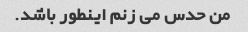
من حدس می زنم اینطور باشد.